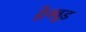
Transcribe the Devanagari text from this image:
हेनवूड